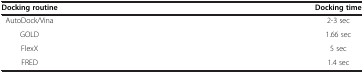
<table><thead><tr><td><b>Docking routine</b></td><td><b>Docking time</b></td></tr></thead><tbody><tr><td>AutoDock/Vina</td><td>2-3 sec</td></tr><tr><td>GOLD</td><td>1.66 sec</td></tr><tr><td>FlexX</td><td>5 sec</td></tr><tr><td>FRED</td><td>1.4 sec</td></tr></tbody></table>